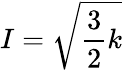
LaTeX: I=\sqrt{\frac{3}{2}k}